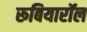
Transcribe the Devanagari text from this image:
रूबियारॉल